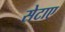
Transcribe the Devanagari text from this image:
सेटाए